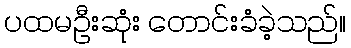
ပထမဦးဆုံး တောင်းခံခဲ့သည်။